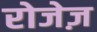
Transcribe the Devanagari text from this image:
रोजेज़